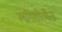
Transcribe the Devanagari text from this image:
लांगशोरमैन्स